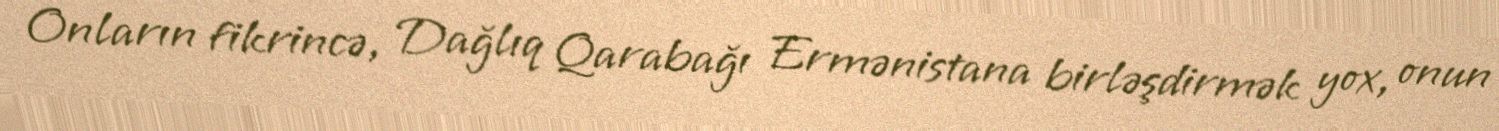
Onların fikrincə, Dağlıq Qarabağı Ermənistana birləşdirmək yox, onun